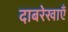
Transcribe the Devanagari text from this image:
दाबरेखाएँ